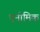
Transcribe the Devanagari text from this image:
एनीमिक